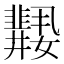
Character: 𱙲